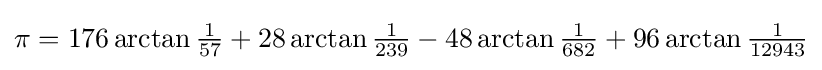
\textstyle \pi =176\arctan {\frac {1}{57}}+28\arctan {\frac {1}{239}}-48\arctan {\frac {1}{682}}+96\arctan {\frac {1}{12943}}